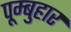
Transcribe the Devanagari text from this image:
पूम्बुहार